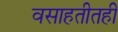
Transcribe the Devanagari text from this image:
वसाहतीतही